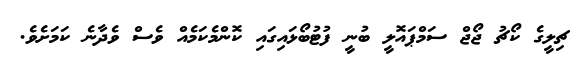
ޗިލީގެ ކޯޗު ޖޯޖް ސަމްޕައޮލީ ބުނީ ފުޓުބޯޅައިގައި ކޮންމެކަމެއް ވެސް ވެދާނެ ކަމަށެވެ.